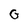
Character: G